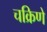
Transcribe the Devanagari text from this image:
चक्रिणे